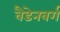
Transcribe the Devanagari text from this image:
वैंडेनबर्ग